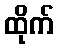
ထိုက်